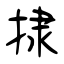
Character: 捸